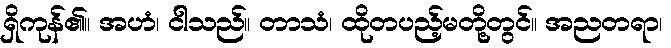
ရှိကုန်၏။ အဟံ၊ ငါသည်။ တာသံ၊ ထိုတပည့်မတို့တွင်။ အညတရာ၊